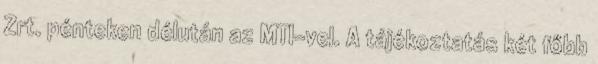
Zrt. pénteken délután az MTI-vel. A tájékoztatás két főbb